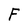
Character: F